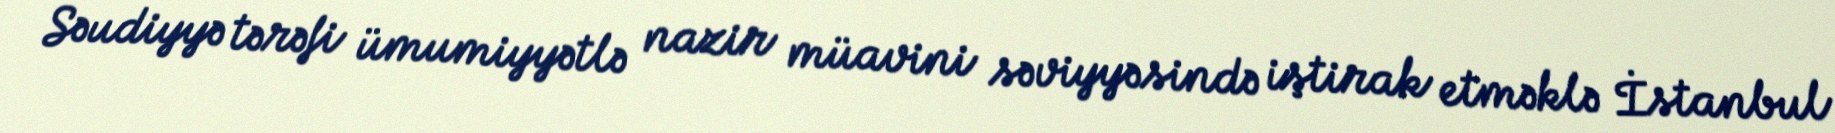
Səudiyyə tərəfi ümumiyyətlə nazir müavini səviyyəsində iştirak etməklə İstanbul